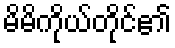
မိမိကိုယ်တိုင်၏